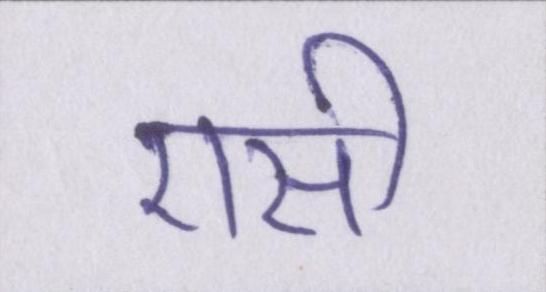
एसी